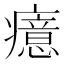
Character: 癔